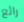
رائع